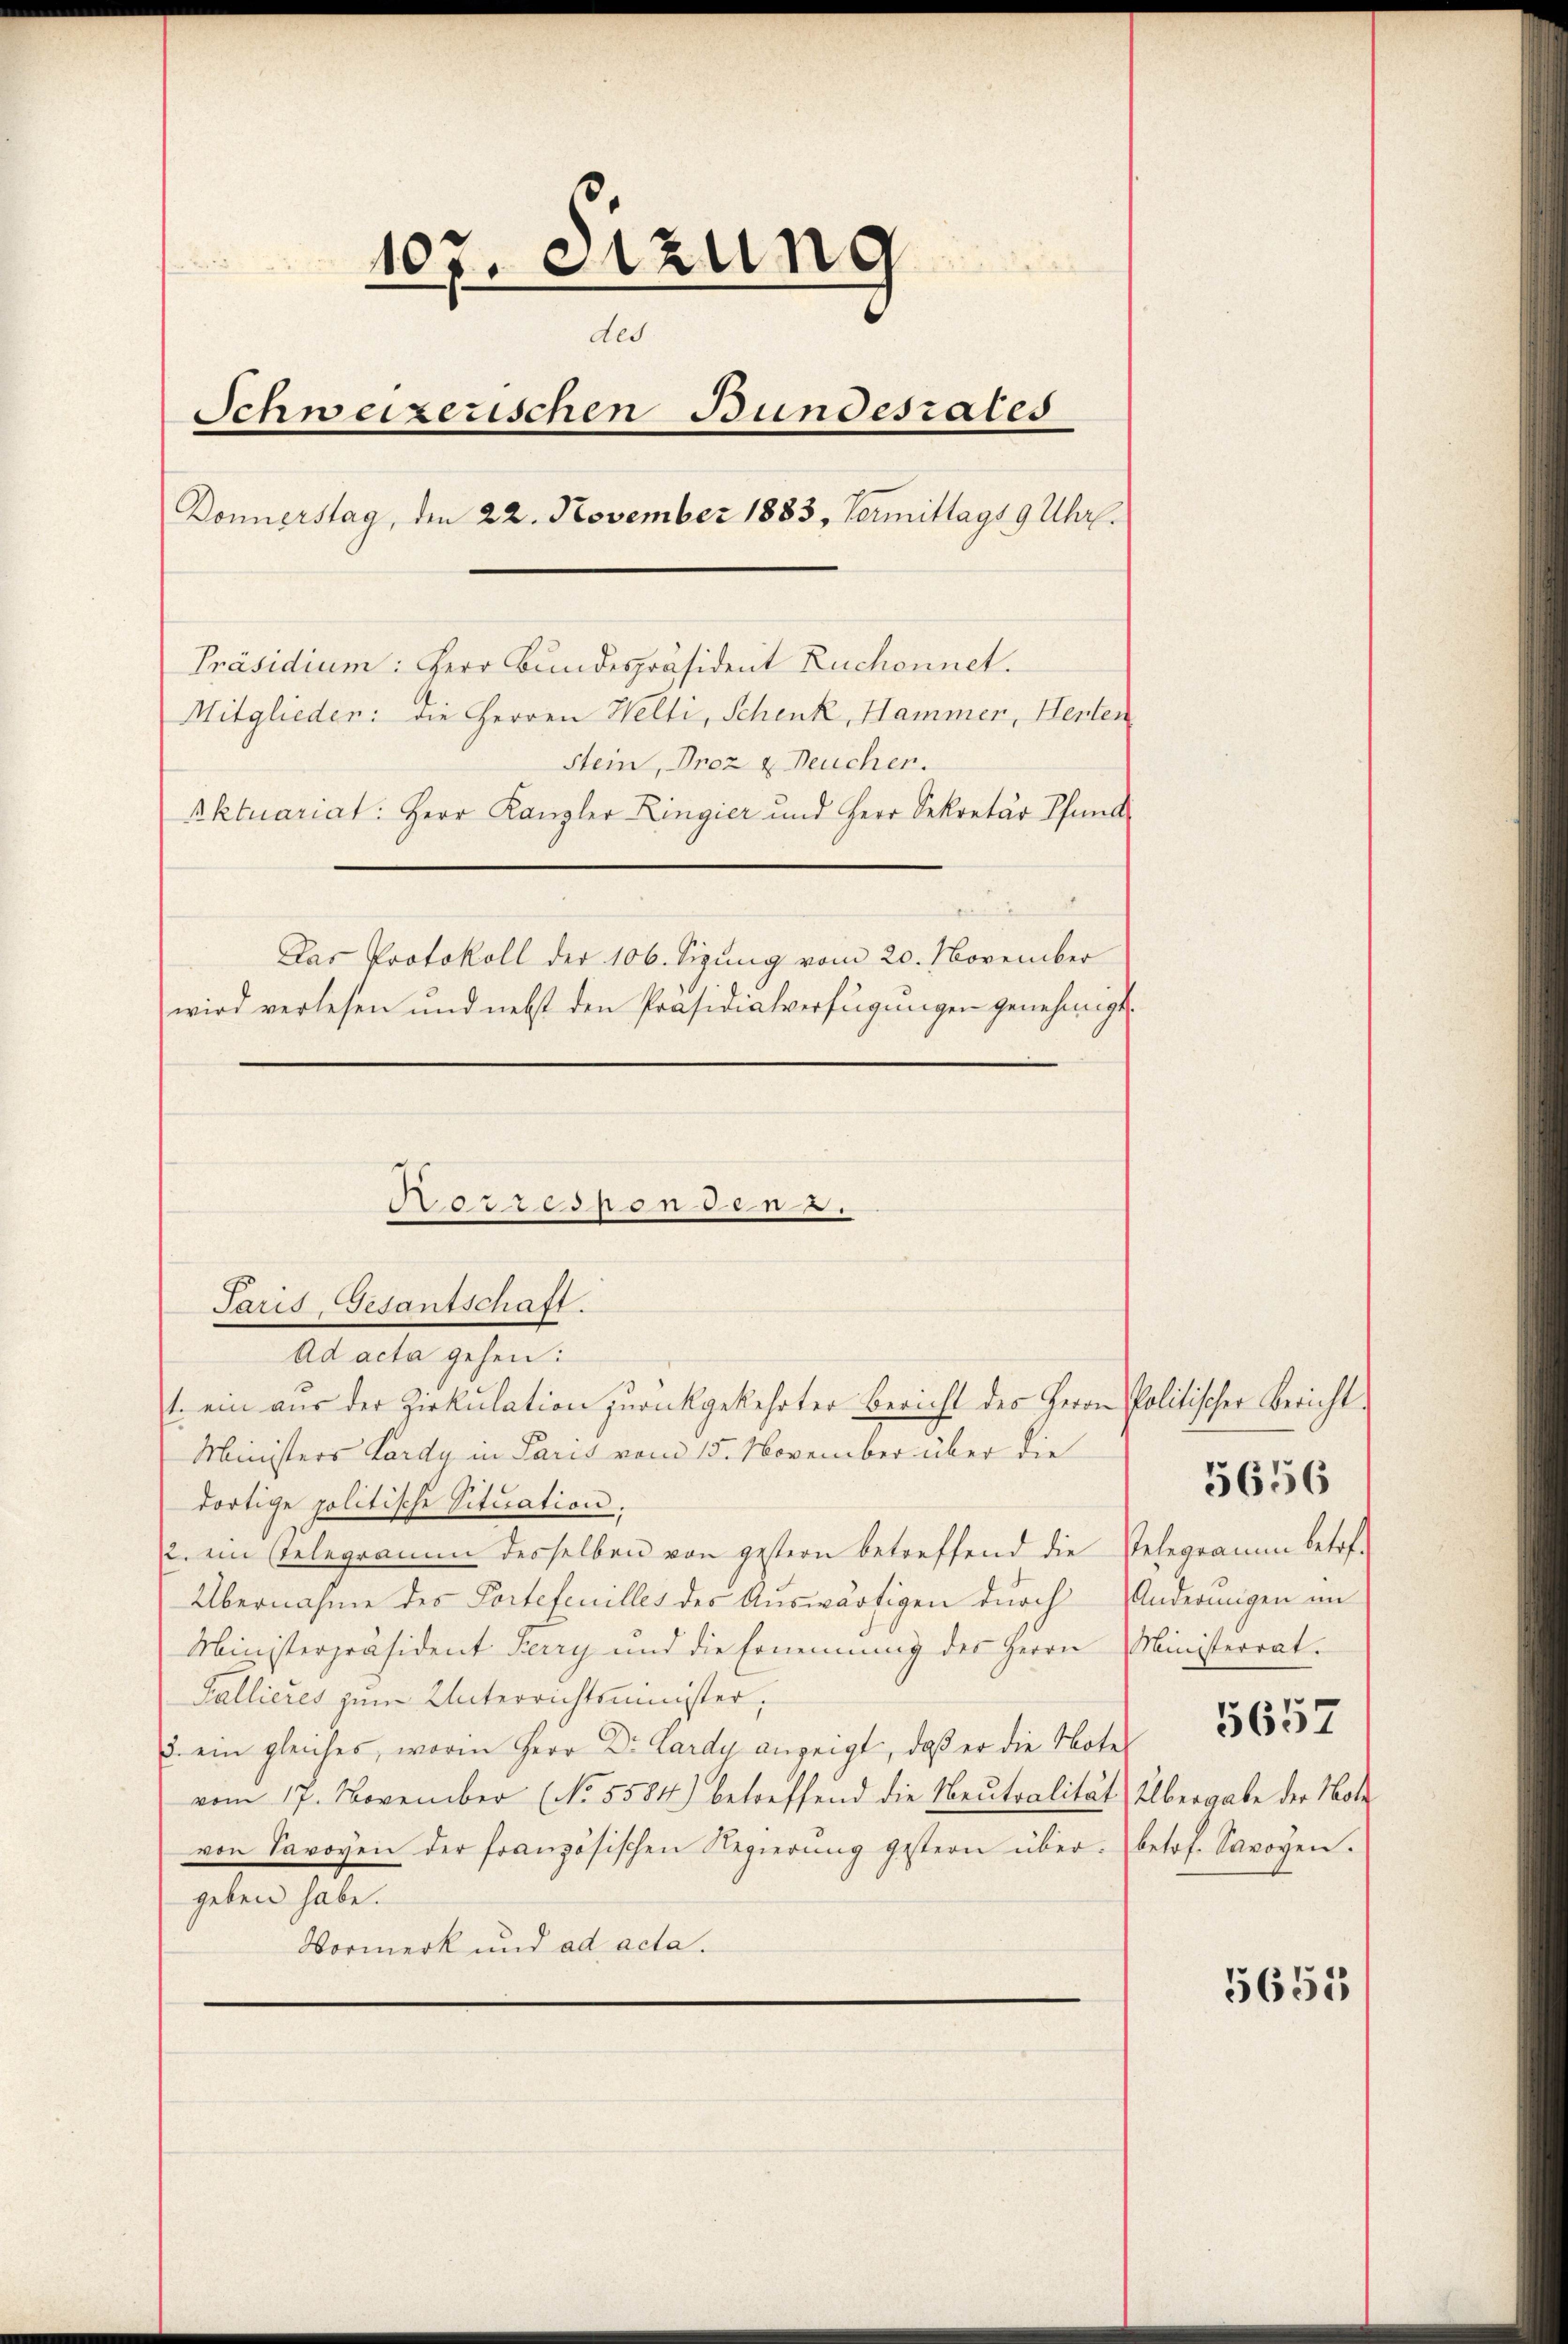
107. eizung
des
Schweizerischen Bundesrates
Donnerstag, den 22. November 1883, Vermittags 9 Uhr.
Präsidium: Herr Bundespräsident Ruchonnet.
Mitglieden: die Herren Welti, Schenk, Hammer, Herten
Stein, Proz & Deucher.
Aktuariat: Herr Kanzler Lingier und Herr Sekretär Pfund
Das Protokoll der 106. Sizŭng vom 20. November
wird verlesen und nebst den Präsidialverfügungen genehmigt.

Paris, Gesantschaft.

Porresponden 2.

Ad acta gehen:
t. ein aŭs der Zirkŭlation zŭrückgekehrter Bericht des Herrn Politischer Bericht
Ministers Lardy in Paris vom 15. November über die
dortige politische Situation.
2. ein Gelegramm desselben von gestern betreffend die Velegramm betrf-
Übernahme des Portefeuilles des Auswärtigen durch
Ministerpräsident Berry und die Ernennung des Herrn Ministerrat.
Gallieres zum Unterrichtsminister,
u. ein gleiches, worin Herr Dr. Lardy anzeigt, daß er die Note 165
vom 17. November (No. 5584) betreffend die Neutralität Übergabe der Hohe
von Savoyen der französischen Regierŭng gestern über. betrf. Savoyen.
geben habe.
Vormerk und ad acta.

Änderungen im

5656

5655